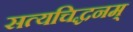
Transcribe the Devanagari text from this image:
सत्यचिद्धनम्